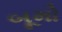
બૂમો